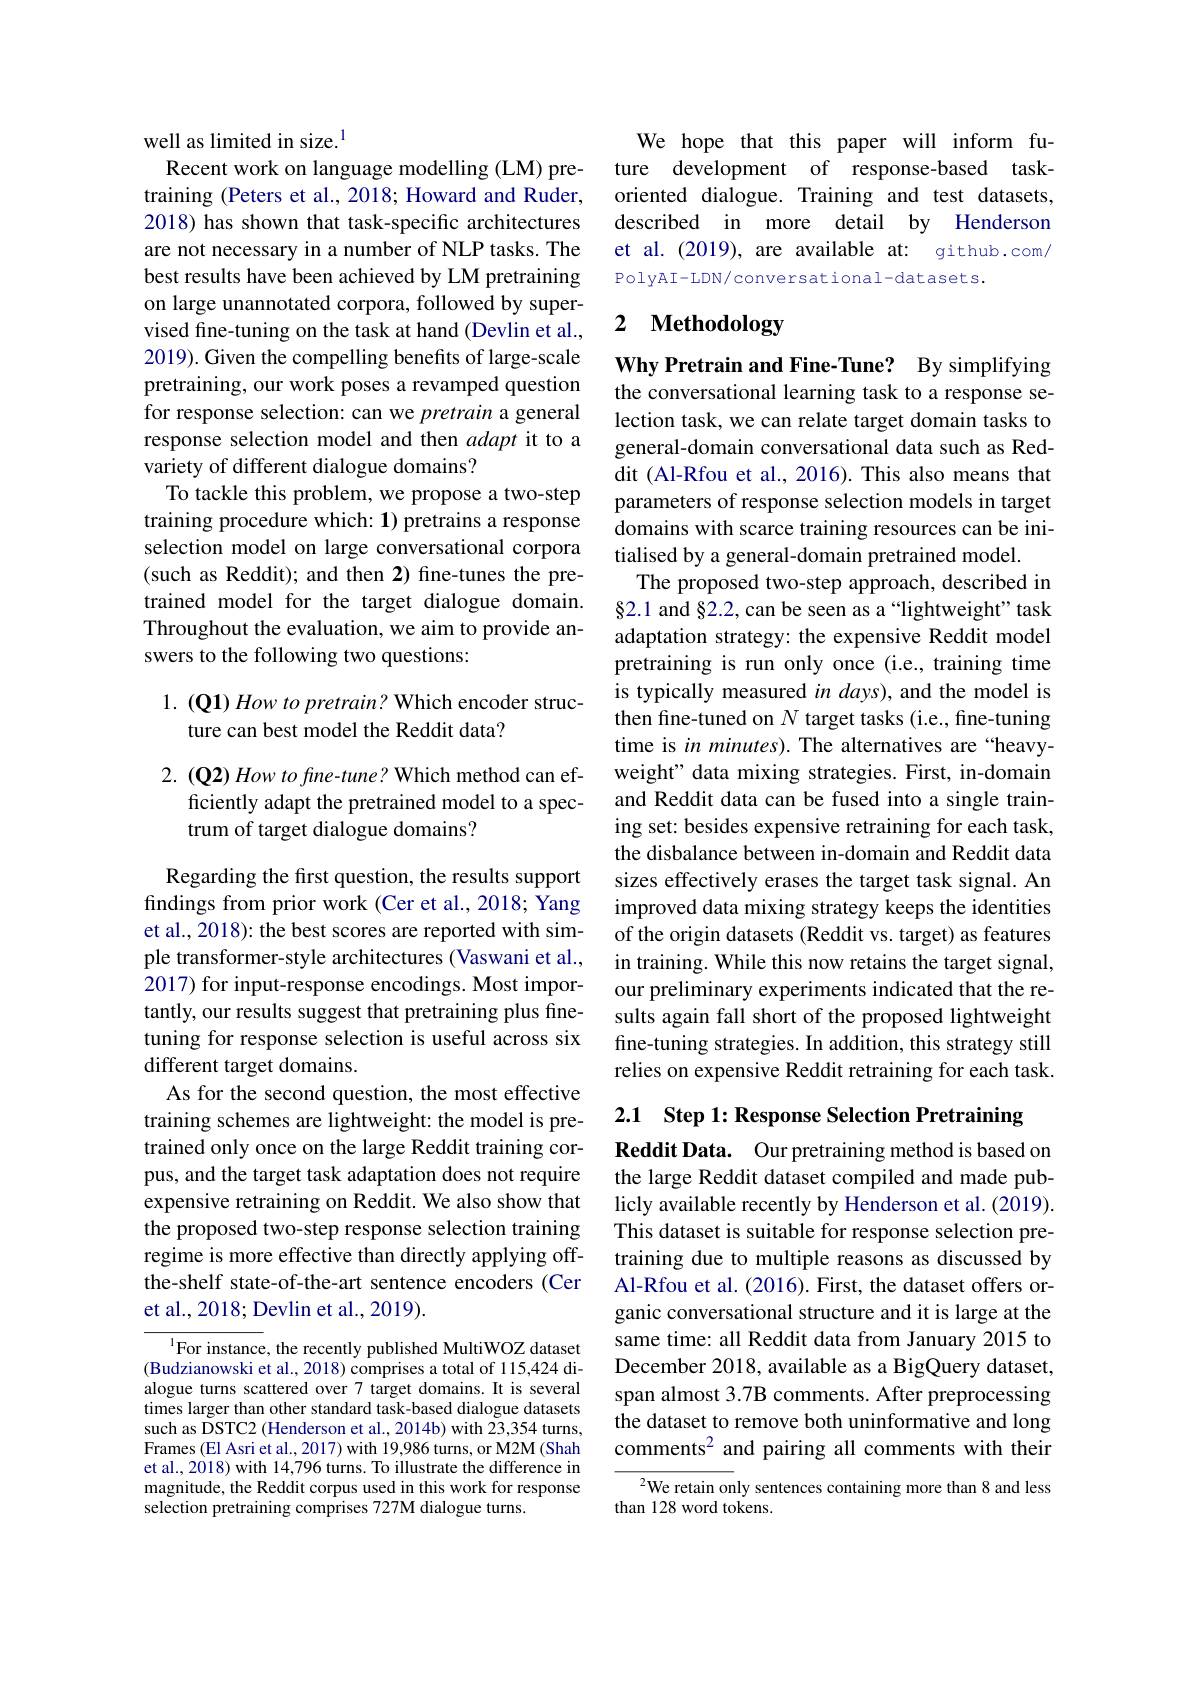
well as limited in size.$^{1}$

Recent work on language modelling (LM) pretraining (Peters et al., 2018; Howard and Ruder, 2018) has shown that task-specific architectures are not necessary in a number of NLP tasks. The best results have been achieved by LM pretraining on large unannotated corpora, followed vised fine-tuning on the task at hand (Devlin et al., 2019). Given the compelling benefits of large-scale pretraining, our work poses a revamped question for response selection: can we pretrain a general response selection model and then adapt it to a variety of different dialogue domains?
To tackle this problem, we propose a two-step training procedure which: 1) pretrains a response selection model on large conversational corpora (such as Reddit); and then 2) fine-tunes the pretrained model for the target dialogue domain. Throughout the evaluation, we aim to provide answers to the following two questions:

# 1. (Q1) How to pretrain? Which encoder structure can best model the Reddit data?

2. (Q2) How to fine-tune? Which method can ef-
ficiently adapt the pretrained model to a spec-
trum of target dialogue domains?

Regarding the first question, the results support findings from prior work (Cer et al., 2018; Yang et al., 2018): the best scores are rep ple transformer-style architectures (Vaswani et al., 2017) for input-response encodings. Most importantly, our results suggest that pretraining plus finetuning for response selection is useful across six different target domains.
As for the second question, the most e training schemes are lightweight: the model is pretrained only once on the large Reddit training corpus, and the target task adaptation does not require expensive retraining on Reddit. We als the proposed two-step response selection training regime is more effective than directly applying offthe-shelf state-of-the-art sentence encoders (Cer et al., 2018; Devlin et al., 2019).

$^{1}$For instance, the recently published MultiWOZ dataset (Budzianowski et al., 2018) comprises a total of 115,424 dialogue turns scattered over 7 target domains. It is several times larger than other standard task-based dialogue datasets such as DSTC2 (Henderson et al., 2014b) with $\tilde{23},354$ turns, Frames (El Asri et al., 2017) with 19, et al., 2018) with 14,796 turns. To il magnitude, the Reddit corpus used in this work for response selection pretraining comprises 727M dialogue turns.

We hope that this paper will inform future development of response-based taskoriented dialogue. Training and test datasets, described in more detail by Henderson et al. (2019), are available at: github.com/ PolyAI-LDN/conversational-datasets.

# 2 Methodology

Why Pretrain and Fine-Tune? By simplifying the conversational learning task to a response selection task, we can relate target domain tasks to general-domain conversational data such as Reddit (Al-Rfou et al., 2016). This also means that parameters of response selection models in target domains with scarce training resources can be initialised by a general-domain pretrained model.
The proposed two-step approach, described in $\S2.1$ and $\S2.2$, can be seen as a“lightweight" task adaptation strategy: the expensive Red pretraining is run only once (i.e., training time is typically measured $in$ days), and the model is then fine-tuned on $N$ target tasks (i.e., fine-tuning time is in minutes). The alternatives are “heavyweight" data mixing strategies. First, in-domain and Reddit data can be fused into a single training set: besides expensive retraining for each task, the disbalance between in-domain and Reddit data sizes effectively erases the target ta improved data mixing strategy keeps th of the origin datasets (Reddit vs. target) as features in training. While this now retains the target signal, our preliminary experiments indicated that the results again fall short of the proposed lightweight fine-tuning strategies. In addition, this strategy still relies on expensive Reddit retraining for each task.

2.1 Step 1: Response Selection Pretraining

Reddit Data. Our pretraining method is based on the large Reddit dataset compiled and made publicly available recently by Henderson This dataset is suitable for response selection pretraining due to multiple reasons as discussed by Al-Rfou et al. (2016). First, the data ganic conversational structure and it is large at the same time: all Reddit data from January 2015 to December 2018, available as a BigQuery dataset, span almost 3.7B comments. After preprocessing the dataset to remove both uninformative and long comments$^2$ and pairing all comments with their

We retain only sentences containing more than 8 and less
than 128 word tokens.